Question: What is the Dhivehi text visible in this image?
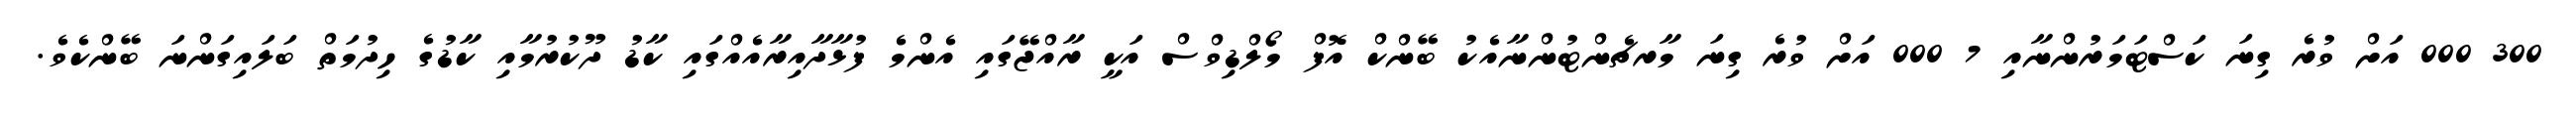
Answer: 300 000 އަށް ވުރެ ގިނަ ކަސްޓަމަރުންނާއި 7 000 އަށް ވުރެ ގިނަ މާރޗެންޓުންނާއެކު ބޭންކް އޮފް މޯލްޑިވްސް އަކީ ރާއްޖޭގައި އެންމެ ފުޅާދާއިރާއެއްގައި ކާޑު ދޫކުރުމާއި ކާޑުގެ ހިދުމަތް ބަލައިގަންނަ ބޭންކެވެ.